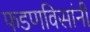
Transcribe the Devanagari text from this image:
फडणविसांनी